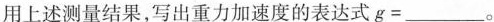
用上述测量结果，写出重力加速度的表达式g=___。